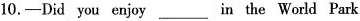
10.—Did you enjoy___in the World Park